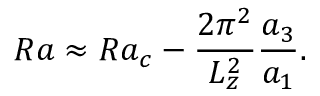
R a \approx R a _ { c } - \frac { 2 \pi ^ { 2 } } { L _ { z } ^ { 2 } } \frac { a _ { 3 } } { a _ { 1 } } .